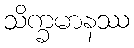
သိက္ခမာနဿ